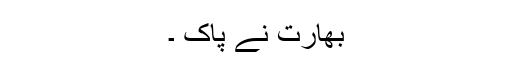
بھارت نے پاک ۔